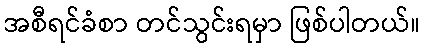
အစီရင်ခံစာ တင်သွင်းရမှာ ဖြစ်ပါတယ်။